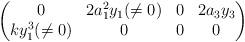
LaTeX: \begin{gather*}\begin{pmatrix}0 & 2a_1^2y_1(\neq 0) & 0 & 2a_3y_3 \\ky_1^3(\neq 0)& 0 & 0 & 0\end{pmatrix}\end{gather*}